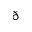
\eth